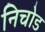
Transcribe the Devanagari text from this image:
निचोड